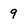
Character: 9